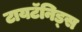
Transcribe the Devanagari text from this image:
टायटॅनिड्स